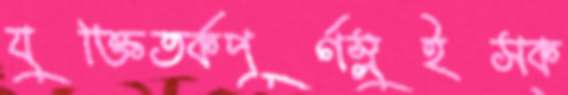
যুক্তিতর্কপূর্ণস্লুইসক্